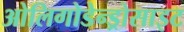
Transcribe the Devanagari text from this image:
ओलिगोडेन्ड्रोसाइट